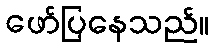
ဖော်ပြနေသည်။